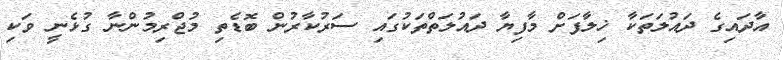
އާދައިގެ ދައުލަތަކާ ޚިލާފަށް މާފިޔާ ދައުލަތްތަކުގައި ސަރުކާރުން ބޮޑެތި މުޖްރިމުންނާ ގުޅެނީ ވަކި